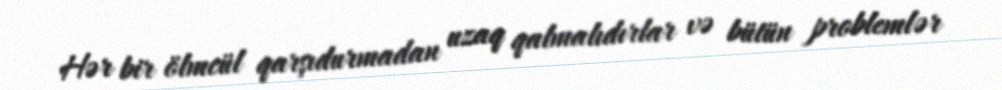
Hər bir ölmcül qarşıdurmadan uzaq qalmalıdırlar və bütün problemlər